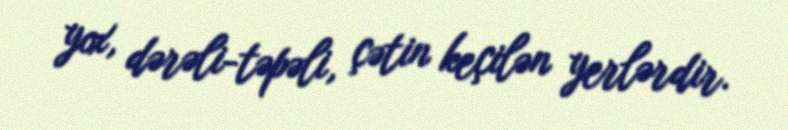
yox, dərəli-təpəli, çətin keçilən yerlərdir.